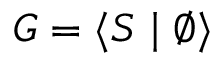
G = \langle S \mid \emptyset \rangle